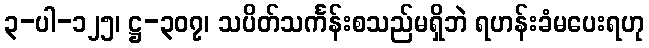
၃-ပါ-၁၂၅၊ ဋ္ဌ-၃၀၇၊ သပိတ်သင်္ကန်းစသည်မရှိဘဲ ရဟန်းခံမပေးရဟု